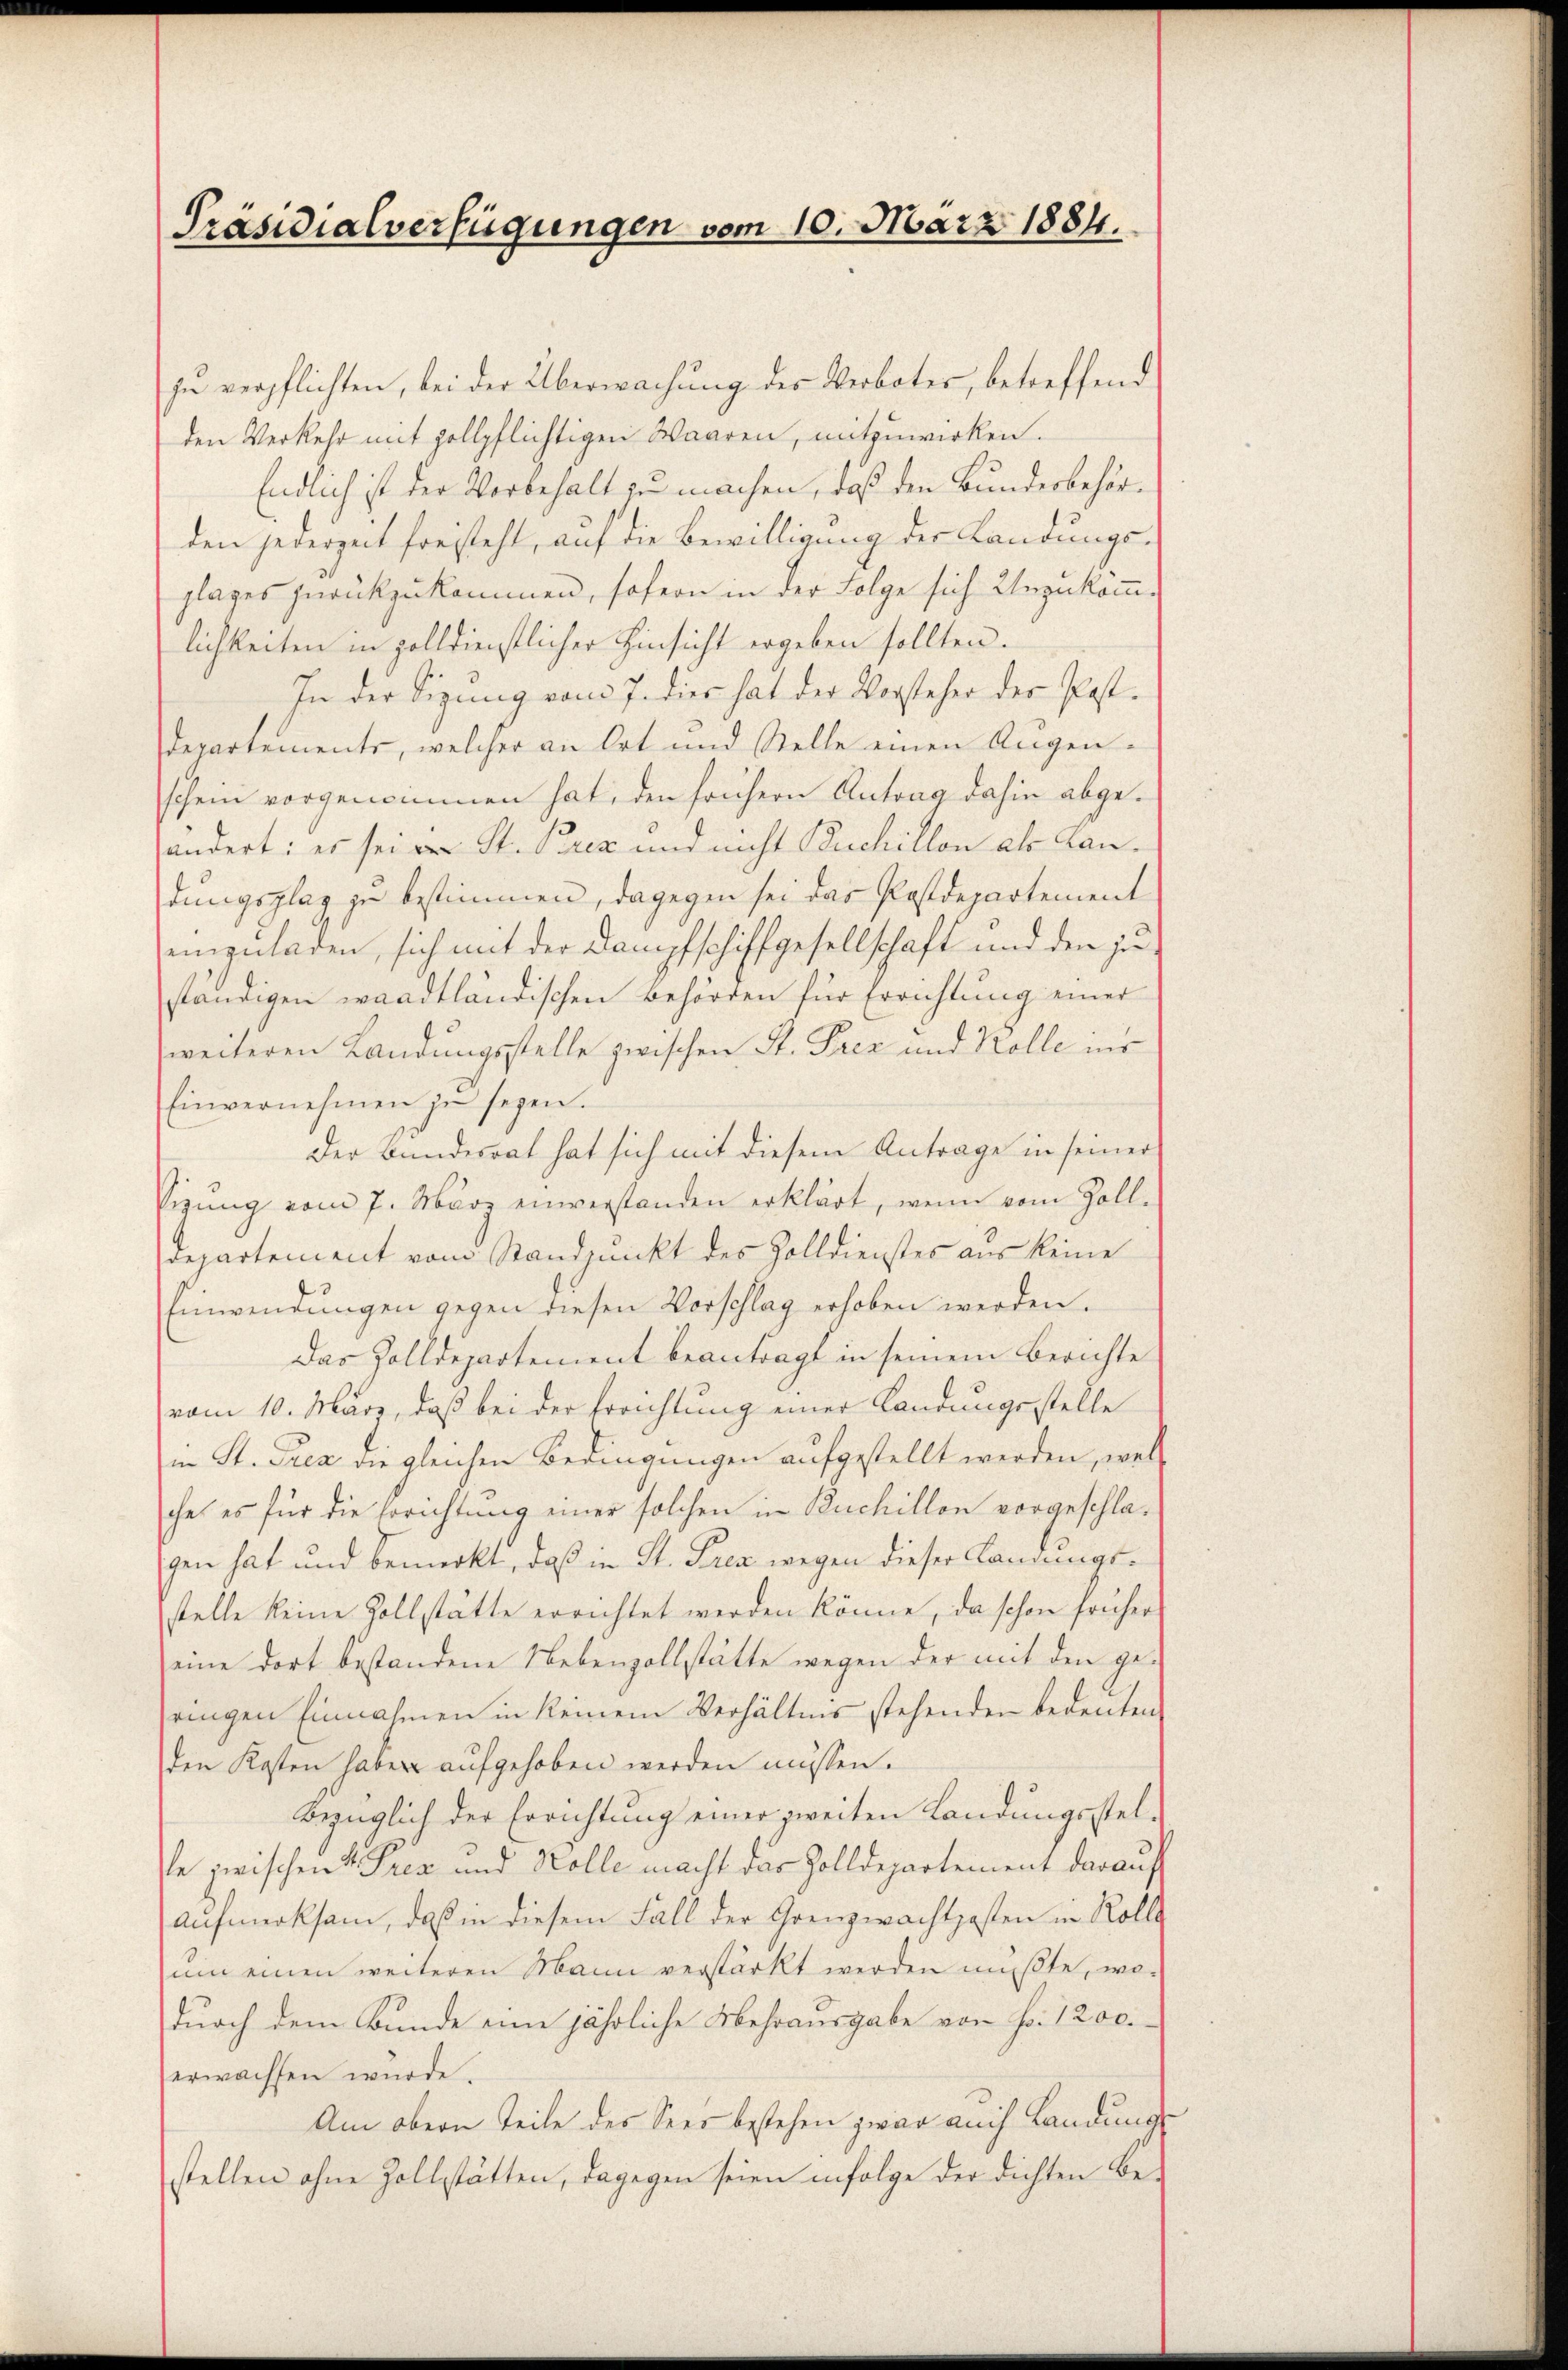
Präsidialverfügungen vom 10. März 1884.

zu verpflichten, bei der Überwachung des Verbotes, betreffend
den Verkehr mit zollpflichtigen Waaren, mitzuwirken.
Endlich ist der Vorbehalt zu machen, daß den Bundesbehörden jederzeit freisteht, auf die Bewilligung der Landungs-
plages zurückzukommen, sofern in der Folge sich Unzukömm-
lichkeiten in zolldienstlicher Hinsicht ergeben sollten.
In der Sizung vom 7. dies hat der Vorsteher der Post.
Departements, welcher an Ort und Stelle einen Augenschein vorgenommen hat, den frühern Antrag dahin abgeändert: es sei an St. Prez und nicht Buchillon als Landungsplag zu bestimmen, dagegen sei das Postdepartement
einzuladen, sich mit der Dampfschiffgesellschaft und den zuständigen waadtländischen Behörden für Errichtung einer
weiteren Landungsstelle zwischen St. Prez und Kolle ins
Einvernehmen zu seyen.
Der Bundesrat hat sich mit diesem Antrage in seiner
Vizŭng vom 7. März einverstanden erklärt, wenn vom Zoll-
departement vom Standpunkt des Zolldienstes aus keine
Einwendungen gegen diesen Vorschlag erhoben werden.
Das Zolldepartement beantragt in seinem Berichte
vom 10. März, daß bei der Errichtung einer Landungsstelle
in St. Gren die gleichen Bedingungen aufgestellt werden, welche es für die Errichtung einer solchen in Ruchillon vorgeschlagen hat und bemerkt, daß in St. Prez wegen dieser Landungsstelle keine Zollstätte errichtet werden könne, da schon früher
eine dort bestandene Nebenzollstätte wegen der mit den gejeingen Einnahmen in keinem Verhältnis stehenden bedeuten,
den Kosten haben aŭfgehoben werden müssen.
Bezüglich der Errichtung einer zweiten Landungsstel-
e zwischen 4 Trez und Kolle macht das Zolldepartement darauf
Aufmerksam, daß in diesem Fall der Grenzwachtposten in Rolle
um einen weiteren Mann verstärkt werden mußte, wo-
durch dem Bunde eine jährliche Mehrausgabe von Fr. 1200.
erwachsen wurde.
Am obern Teile des Sees bestehen zwar auch Landungs
stellen ohne Zollstätten, dagegen seien infolge der dichten Be¬